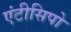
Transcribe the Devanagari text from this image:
एंटीसिपो